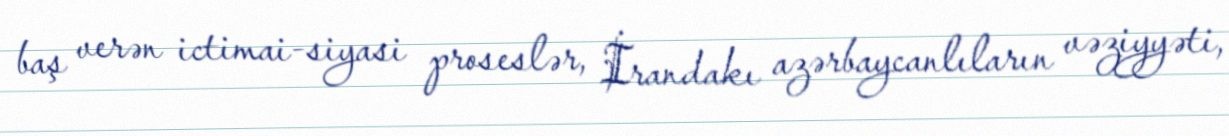
baş verən ictimai-siyasi proseslər, İrandakı azərbaycanlıların vəziyyəti,